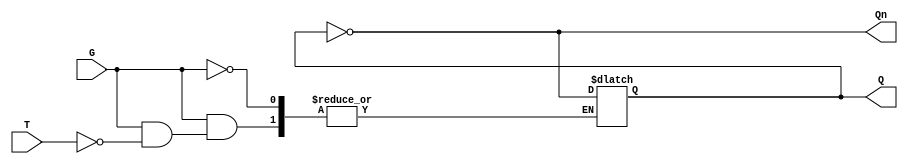
module Gated_T_Latch (
    input wire T,      // Toggle Input
    input wire G,      // Gate Signal
    output reg Q,      // Output
    output wire Qn     // Complement Output
);

    // Complement output
    assign Qn = ~Q;

    // Always block to implement the latch behavior
    always @(*) begin
        if (G) begin
            if (T) begin
                Q = ~Q; // Toggle state
            end
            // If T is 0, Q remains unchanged
        end
        // If G is 0, Q remains unchanged (implicit)
    end

endmodule